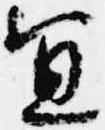
宜